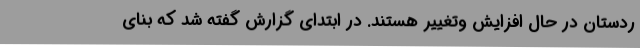
ردستان در حال افزایش وتغییر هستند. در ابتدای گزارش گفته شد که بنای